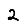
Digit: 2